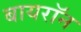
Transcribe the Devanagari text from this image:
बायराॅन